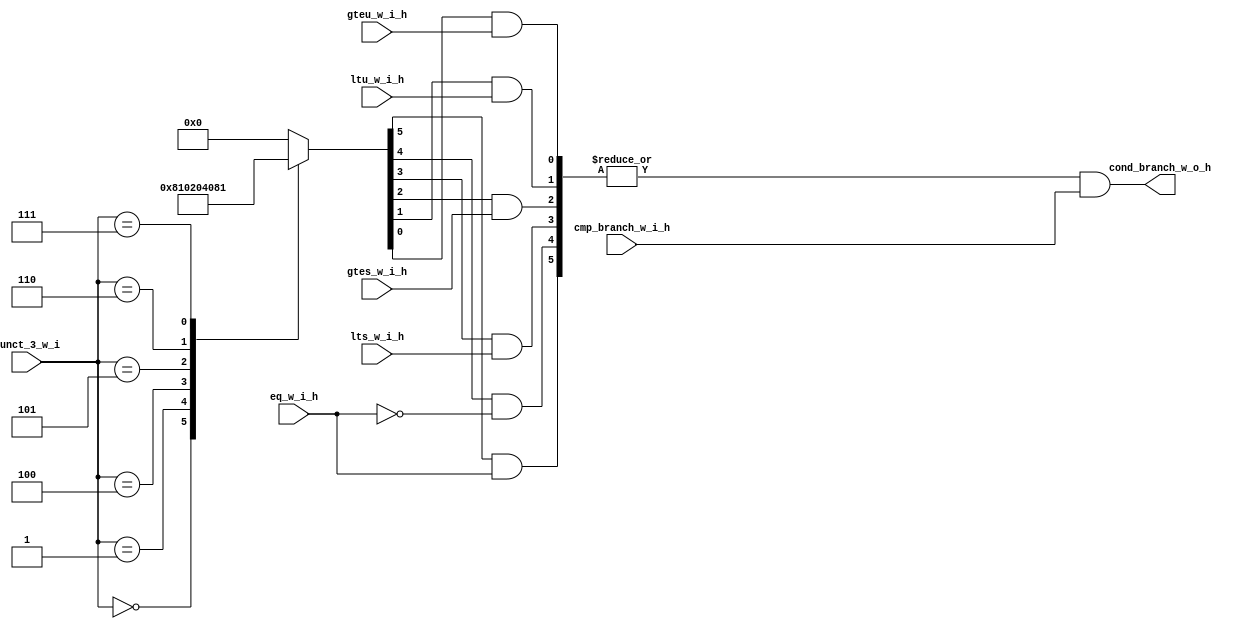
//                              -*- Mode: Verilog -*-
// Description     : alu unit for the RV32 ISA
// Last Modified By: Patrick
// Update Count    : 0
// Status          : Unknown, Use with caution!



//-----------------------------------------------------------------------------
// Module Declaration
//-----------------------------------------------------------------------------
module cond_branch_control (/*AUTOARG*/
   // Outputs
   cond_branch_w_o_h,
   // Inputs
   funct_3_w_i, eq_w_i_h, gteu_w_i_h, gtes_w_i_h, ltu_w_i_h, lts_w_i_h,
   cmp_branch_w_i_h
   ) ;

   //-----------------------------------------------------------------------------
   // Inputs
   //-----------------------------------------------------------------------------

   // Instruction Field
   input wire [2:0] funct_3_w_i;

   // ALU output flags
   input wire        eq_w_i_h;
   input wire        gteu_w_i_h;
   input wire        gtes_w_i_h;
   input wire        ltu_w_i_h;
   input wire        lts_w_i_h;

   // Control line
   input wire        cmp_branch_w_i_h;

   //-----------------------------------------------------------------------------
   // Outputs
   //-----------------------------------------------------------------------------
   output wire       cond_branch_w_o_h;

   //-----------------------------------------------------------------------------
   // Parameters
   //-----------------------------------------------------------------------------

   //-----------------------------------------------------------------------------
   // Internal Registers and Wires
   //-----------------------------------------------------------------------------
   wire [5:0]        internal_value;
   wire              inter_res;
   reg [5:0]        compare_mask;

   //-----------------------------------------------------------------------------
   // Instantiations
   //-----------------------------------------------------------------------------

   //-----------------------------------------------------------------------------
   // RTL
   //-----------------------------------------------------------------------------
   always @ (*) begin
      case (funct_3_w_i)
         3'b000: begin          // BEQ
            compare_mask = 6'b10_0000;
         end
         3'b001: begin          // BNE
            compare_mask = 6'b01_0000;
         end
         3'b100: begin          // BLT
            compare_mask = 6'b00_1000;
         end
         3'b101: begin          // BGE
            compare_mask = 6'b00_0100;
         end
         3'b110: begin          // BLTU
            compare_mask = 6'b00_0010;
         end
         3'b111: begin          // BGEU
            compare_mask = 6'b00_0001;
         end
         default: begin
            compare_mask = 6'b00_0000;
         end
      endcase // case (funct_3_w_i)
   end

   //-----------------------------------------------------------------------------
   // Assigns
   //-----------------------------------------------------------------------------
   assign internal_value[5] = (compare_mask[5] & eq_w_i_h);
   assign internal_value[4] = (compare_mask[4] & (~eq_w_i_h));
   assign internal_value[3] = (compare_mask[3] & lts_w_i_h);
   assign internal_value[2] = (compare_mask[2] & gtes_w_i_h);
   assign internal_value[1] = (compare_mask[1] & ltu_w_i_h);
   assign internal_value[0] = (compare_mask[0] & gteu_w_i_h);

   assign inter_res = |internal_value;

   assign cond_branch_w_o_h = inter_res & cmp_branch_w_i_h;

endmodule // cond_branch_control